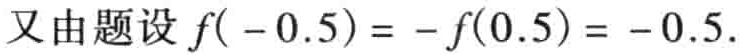
又由题设 \(f(-0.5)=-f(0.5)=-0.5\).